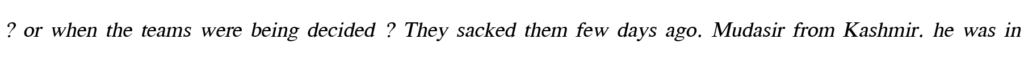
? or when the teams were being decided ? They sacked them few days ago. Mudasir from Kashmir. he was in